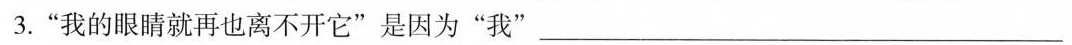
3.”我的眼睛就再也离不开它”是因为”我”___